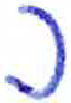
אות: כ